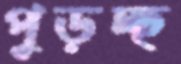
পুড়চ্ছ